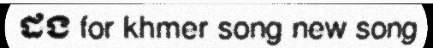
ដង for khmer song new song